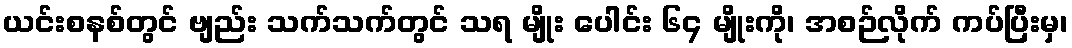
ယင်းစနစ်တွင် ဗျည်း သက်သက်တွင် သရ မျိုး ပေါင်း ၆၄ မျိုးကို၊ အစဉ်လိုက် ကပ်ပြီးမှ၊